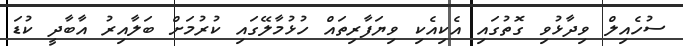
ސުހެއިލް ވިދާޅުވި ގޮތުގައި އެކިއެކި ވިޔަފާރިތައް ހުޅުމާލޭގައި ކުރުމަށް ބަލާއިރު އާބާދީ ކުޑަ